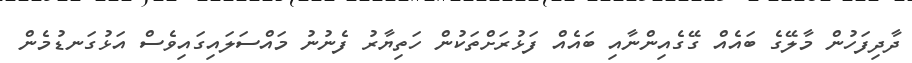
ދާދިފަހުން މާލޭގެ ބައެއް ގޭގެއިންނާއި ބައެއް ފަޅުރަށްތަކުން ހަތިޔާރު ފެނުނު މައްސަލައިގައިވެސް އަޅުގަނޑުމެން